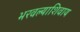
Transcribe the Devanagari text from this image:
भरवल्याशिवाय